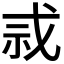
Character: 𫻫